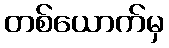
တစ်ယောက်မှ